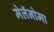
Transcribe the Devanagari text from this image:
मेलॅनोमा